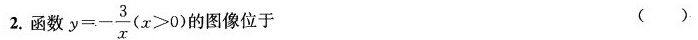
2.函数 $$y = - \frac { 3 } { x }$$ ($$x > 0 $$) 图像位于( )